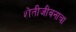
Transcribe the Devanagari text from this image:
शेतीजीवनाचा